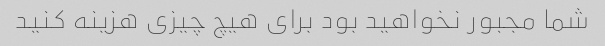
شما مجبور نخواهید بود برای هیچ چیزی هزینه کنید